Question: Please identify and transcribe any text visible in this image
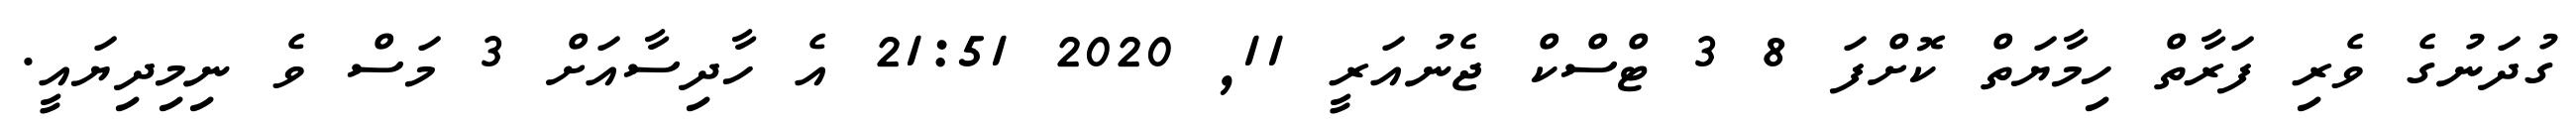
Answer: ގުދަނުގެ ވެރި ފަރާތް ހިމާޔަތް ކޮށްފަ 8 3 ޓްސްކް ޖެނުއަރީ 11, 2020 21:51 އެ ހާދިސާއަށް 3 މަސް ވެ ނިމިދިޔައީ.